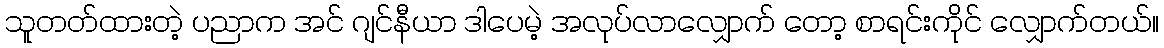
သူတတ်ထားတဲ့ ပညာက အင် ဂျင်နီယာ ဒါပေမဲ့ အလုပ်လာလျှောက် တော့ စာရင်းကိုင် လျှောက်တယ်။